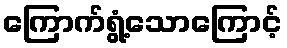
ကြောက်ရွံ့သောကြောင့်